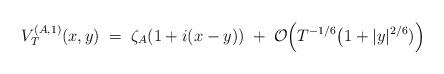
LaTeX: \begin{align*}V_T^{({A},1)}(x,y)\;= \; \zeta_{A}(1+i(x-y))\;+\; \mathcal{O}\Big( T^{-1/6}\big(1+|y|^{2/6})\Big)\end{align*}